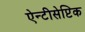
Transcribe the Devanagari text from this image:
ऐन्टीसेप्टिक